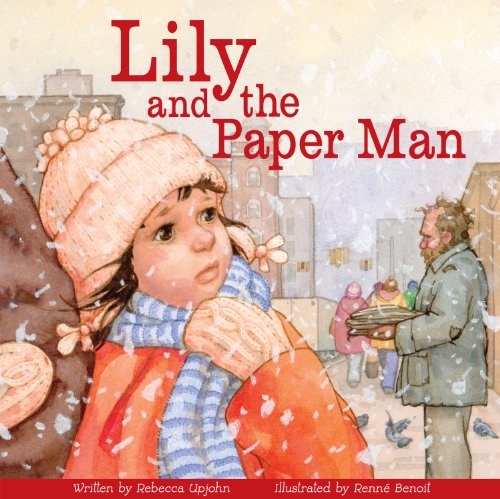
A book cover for Lily and the Paper Man; Rebecca Upjohn; Parenting & Relationships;